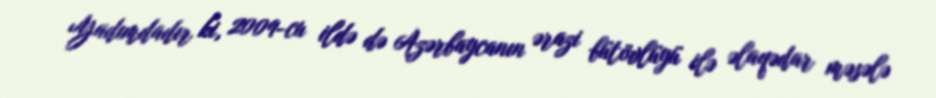
Yadımdadır ki, 2009-cu ildə də Azərbaycanın ərazi bütövlüyü ilə əlaqədar məsələ